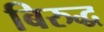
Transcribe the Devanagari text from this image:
बिरुद्ध